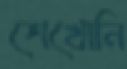
শেখোনি